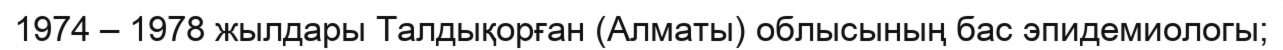
1974 – 1978 жылдары Талдықорған (Алматы) облысының бас эпидемиологы;